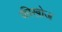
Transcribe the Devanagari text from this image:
कीखोज